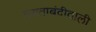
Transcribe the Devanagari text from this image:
तख्ताबंदीवाली